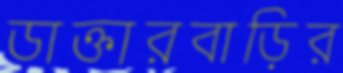
ডাক্তারবাড়ির